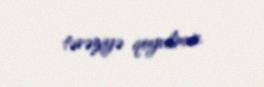
tərəziyə qoyulmur.